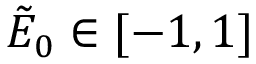
\tilde { E } _ { 0 } \in [ - 1 , 1 ]